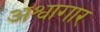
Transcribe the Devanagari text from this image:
अश्वागार